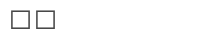
٧٨